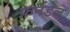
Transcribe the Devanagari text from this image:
फर्नडेल